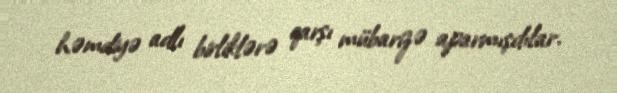
həmdiyə adlı birliklərə qarşı mübarizə aparmışdılar.